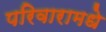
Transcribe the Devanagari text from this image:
परिवारामधे